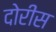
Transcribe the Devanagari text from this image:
दोरीस